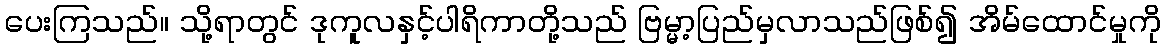
ပေးကြသည်။ သို့ရာတွင် ဒုကူလနှင့်ပါရိကာတို့သည် ဗြမ္မာ့ပြည်မှလာသည်ဖြစ်၍ အိမ်ထောင်မှုကို